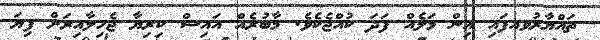
ތައްޔާރުވއފައި އިން މަލެއް ފަދަ ކުއްޖެކެވެ. މާބުރެއް އައިސް ކިރިޔާ ޖެހިލާއިރަށް ފިޔަ